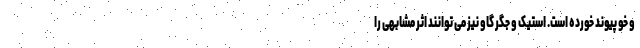
و خو پیوند خورده است. استیک و جگر گاو نیز می توانند اثر مشابهی را